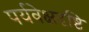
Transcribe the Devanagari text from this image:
पर्यवेक्षदृष्टि